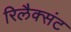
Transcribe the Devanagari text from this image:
रिलैक्संट